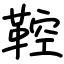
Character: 鞚